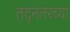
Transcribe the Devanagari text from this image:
तद्नंतरच्या